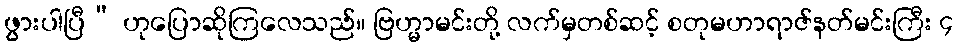
ဖွားပါပြီ” ဟုပြောဆိုကြလေသည်။ ဗြဟ္မာမင်းတို့ လက်မှတစ်ဆင့် စတုမဟာရာဇ်နတ်မင်းကြီး ၄